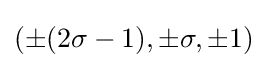
(\pm (2\sigma -1),\pm \sigma ,\pm 1)